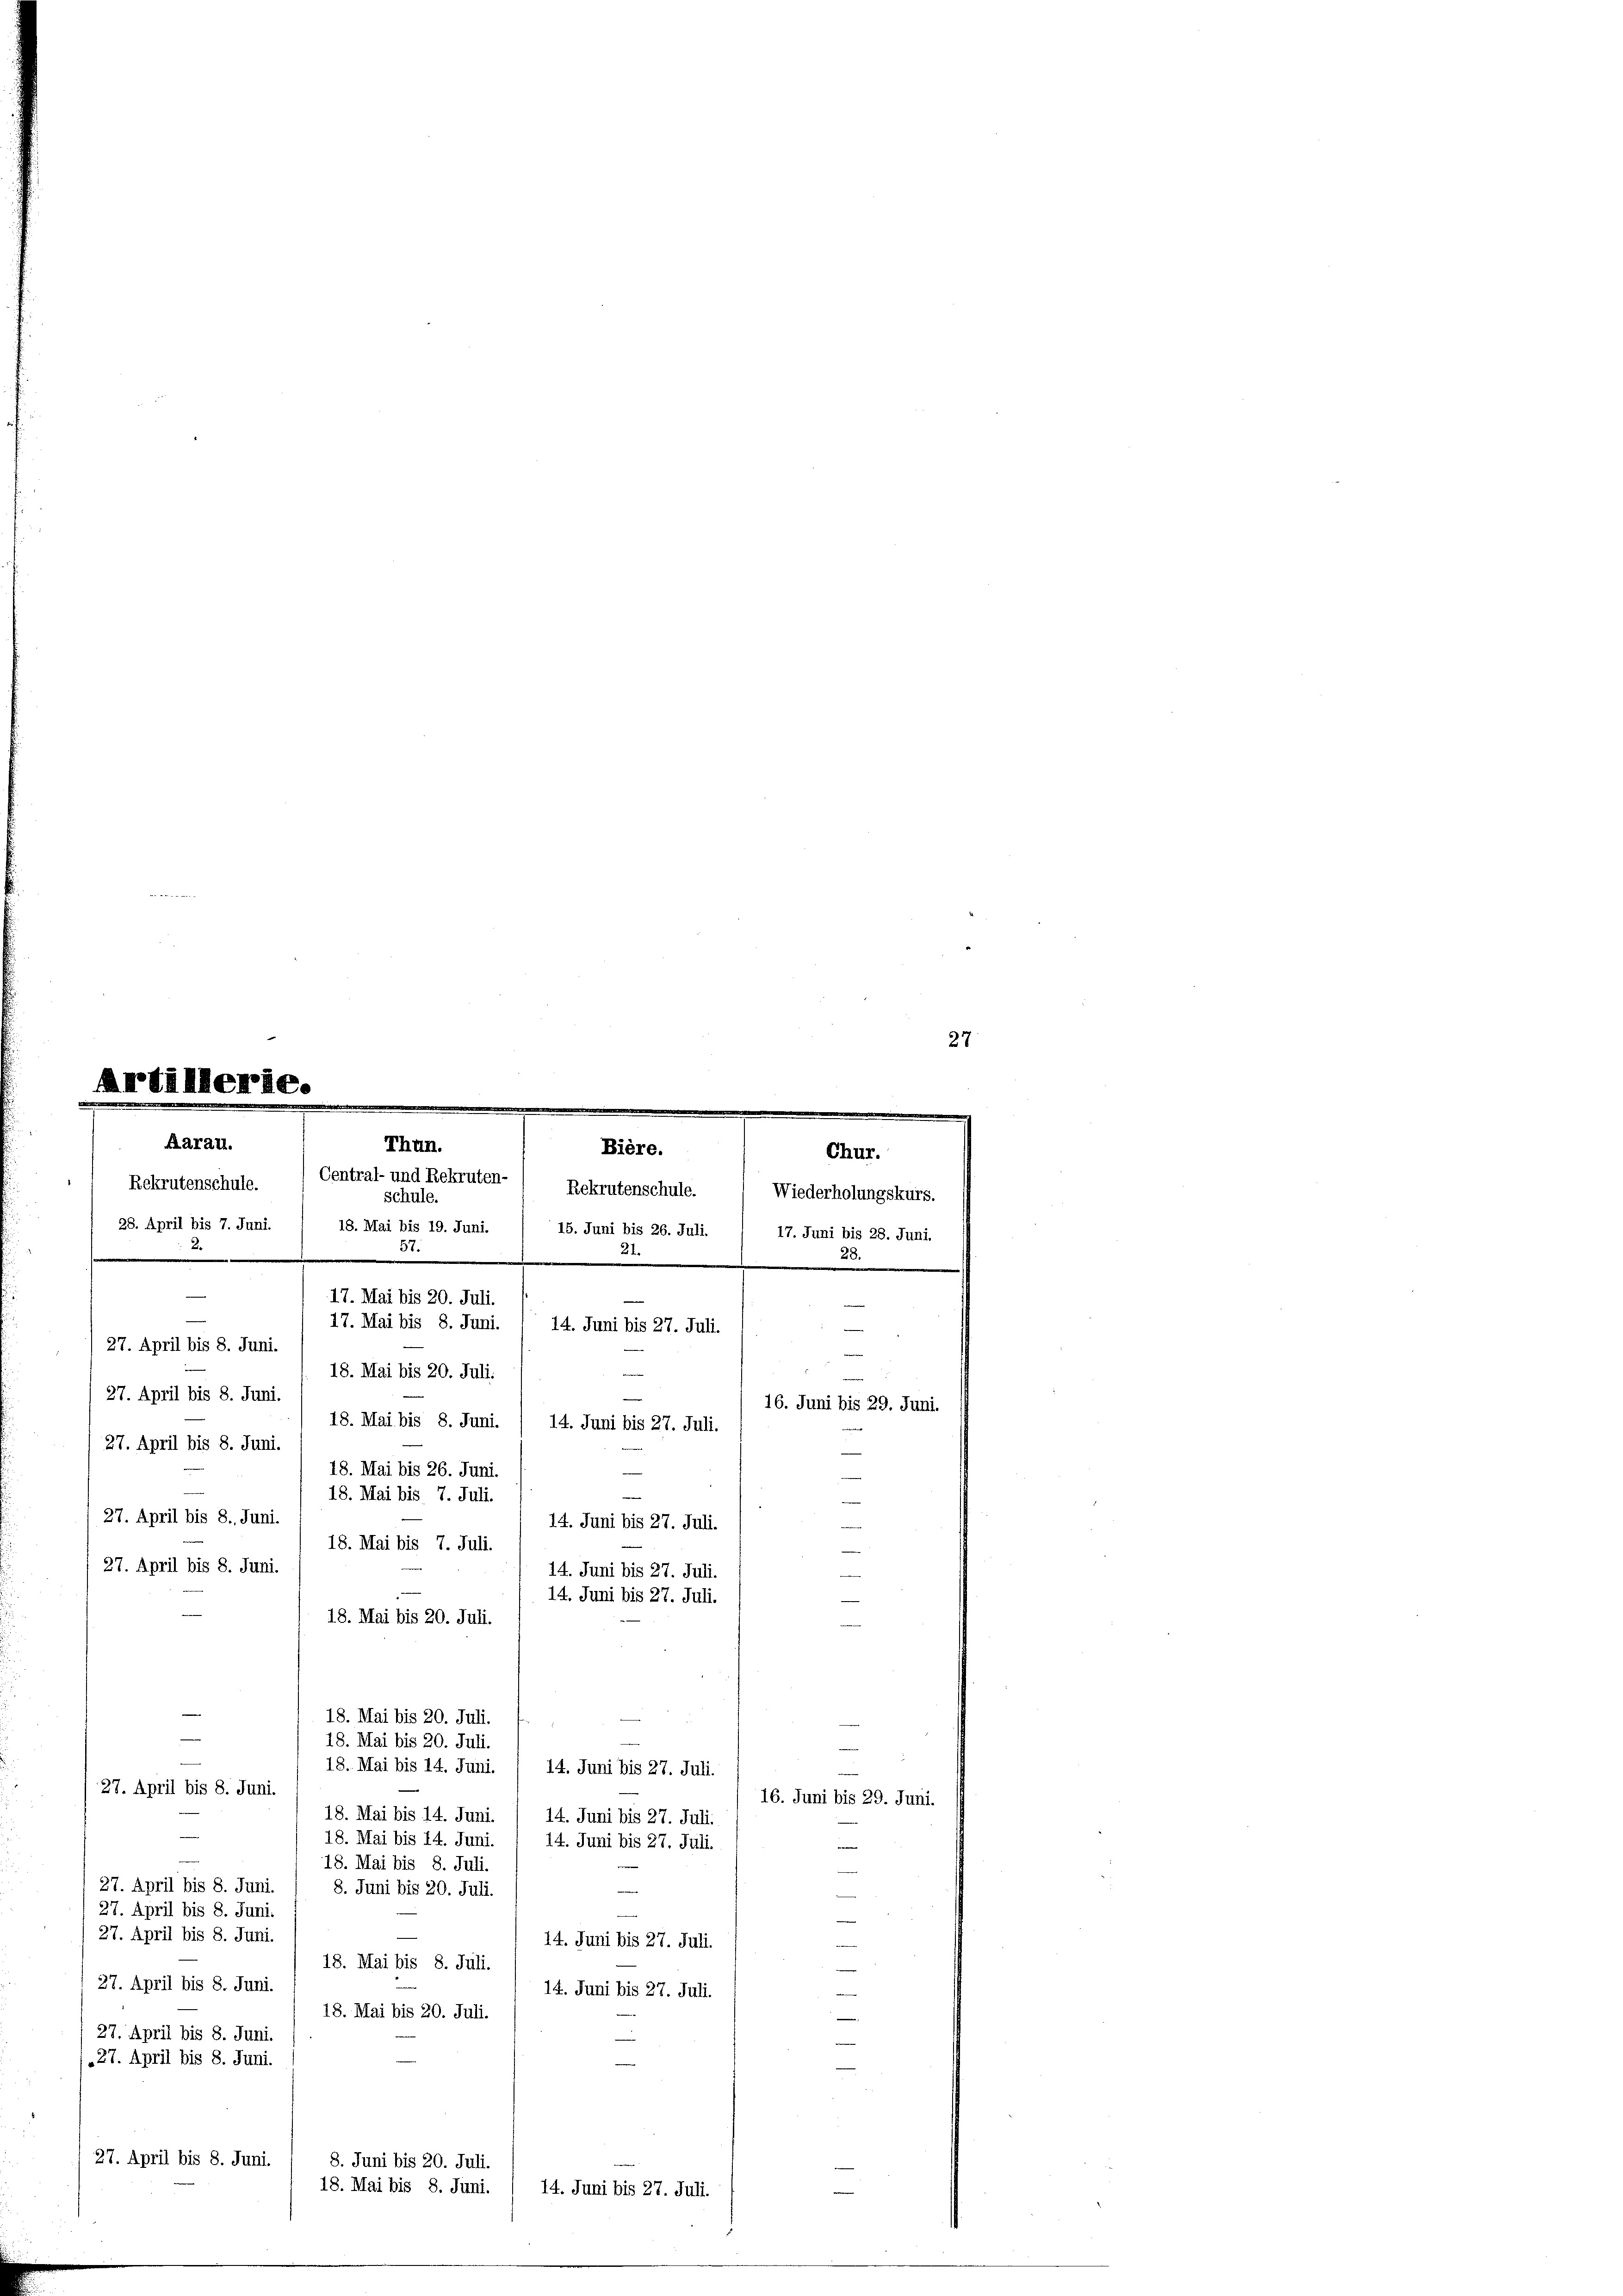
27.
Artillerie.

27. April bis 8. Juni.
18. Mai bis 20. Juli.
b
27. April bis 8. Juni.
16. Juni bis 29. Juni.
18. Mai bis 8. Juni.
14. Juni bis 27. Juli.
27. April bis 8. Juni.
18. Mai bis 26. Juni.
d
18. Mai bis 7. Juli.
27. April bis 8. Juni.
14. Juni bis 27. Juli.
18. Mai bis 7. Juli
27. April bis 8. Juni.
14. Juni bis 27. Juli
14. Juni bis 27. Juli.
18. Mai bis 20. Juli.
18. Mai bis 20. Juli.
18. Mai bis 20. Juli.
18. Mai bis 14. Juni.
14. Juni bis 27. Juli.
27. April bis 8. Juni.
16. Juni bis 29. Juni.
18. Mai bis 14. Juni. / 14. Juni bis 27. Juli.
18. Mai bis 14. Juni
14. Juni bis 27. Juli.
e
18. Mai bis 8. Juli.
27. April bis 8. Juni.
8. Juni bis 20. Juli.
e
27. April bis 8. Juni.
e
27. April bis 8. Juni.
14. Juni bis 27. Juli.
e
18. Mai bis 8. Juli.
e
27. April bis 8. Juni.
14. Juni bis 27. Juli.
18. Mai bis 20. Juli.
27. April bis 8. Juni.
e
.27. April bis 8. Juni.
27. April bis 8. Juni
8. Juni bis 20. Juli
18. Mai bis 8. Juni.
14. Juni bis 27. Juli.

e
e
Aarau.
Thun.
Bière.
Chur.
Central- und Rekruten-
Rekrutenschule.
Rekrutenschule. Wiederholungskurs.
schule.
28. April bis 7. Juni
18. Mai bis 19. Juni.
15. Juni bis 26. Juli. / 17. Juni bis 28. Juni.
21
a
.
e
.
e
e
17. Mai bis 20. Juli.
s
e
17. Mai bis 8. Juni.
14. Juni bis 27. Juli.
e
d

e